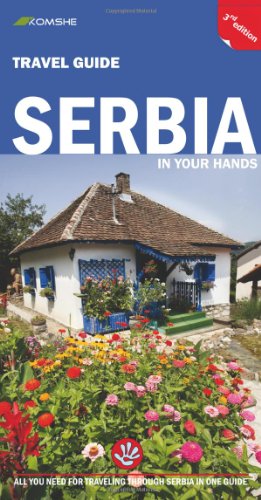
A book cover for Serbia in Your Hands: All You Need to Know for Travelling Through Serbia in One Guide; Vladimir Dulovic; Travel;